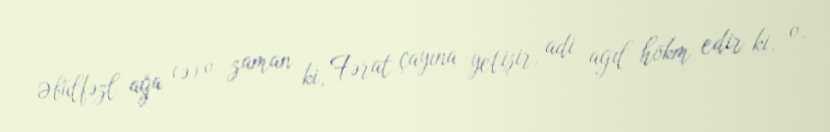
Əbülfəzl ağa (ə) o zaman ki, Fərat çayına yetişir, adi ağıl hökm edir ki, o,